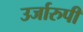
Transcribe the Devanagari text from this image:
उर्जारुपी